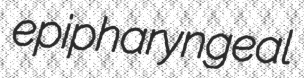
epipharyngeal